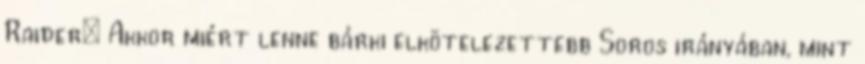
Raider: Akkor miért lenne bárki elkötelezettebb Soros irányában, mint